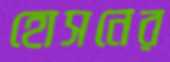
হোসনের